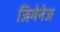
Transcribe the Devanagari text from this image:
जिमेनेज